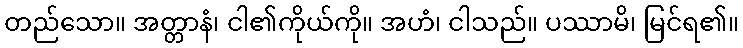
တည်သော။ အတ္တာနံ၊ ငါ၏ကိုယ်ကို။ အဟံ၊ ငါသည်။ ပဿာမိ၊ မြင်ရ၏။